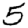
Digit: 5